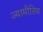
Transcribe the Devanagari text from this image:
ज्यामीतिय